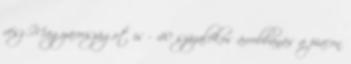
vész Magyarországot is - 40 százalékos árrobbanás a piacon